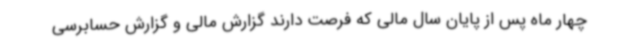
چهار ماه پس از پایان سال مالی که فرصت دارند گزارش مالی و گزارش حسابرسی